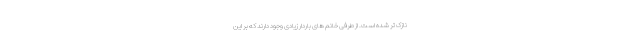
نازک تر شده است. از طرفی خانم های باردار زیادی وجود دارند که بر این